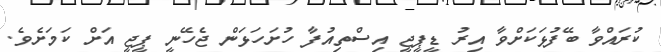
ކުރައްވާ ބޭފުޅަކަށްވާ އިރު ޑީޕީޖީ އިސްތިއުފާ ހުށަހަޅަން ޖެހޭނީ ޕީޖީ އަށް ކަމަށެވެ.